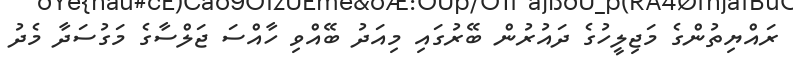
ރައްޔިތުންގެ މަޖިލީހުގެ ދައުރުން ބޭރުގައި މިއަދު ބޭއްވި ހާއްސަ ޖަލްސާގެ މަގުސަދާ މެދު